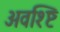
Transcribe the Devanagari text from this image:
अवश्ष्टि